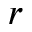
r